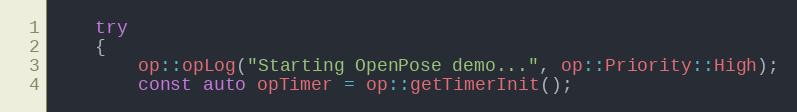
Language: C++
    try
    {
        op::opLog("Starting OpenPose demo...", op::Priority::High);
        const auto opTimer = op::getTimerInit();